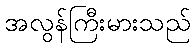
အလွန်ကြီးမားသည်